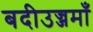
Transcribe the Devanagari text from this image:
बदीउज्जमाँ